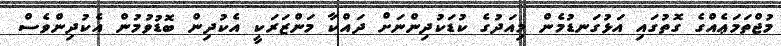
މުޖްތަމަޢެއްގެ ގޮތުގައި އަޅުގަނޑުމެން މިއަދުގެ ކުޑަކުދިންނަށް ދައްކާ މަންޒަރަކީ އެކުދިން ބޮޑުވުމުން އެކުދިންވެސް